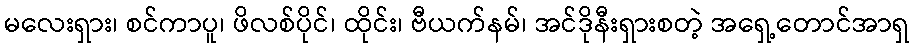
မလေးရှား၊ စင်ကာပူ၊ ဖိလစ်ပိုင်၊ ထိုင်း၊ ဗီယက်နမ်၊ အင်ဒိုနီးရှားစတဲ့ အရှေ့တောင်အာရှ